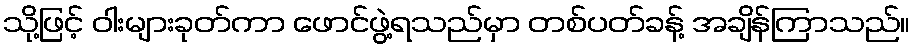
သို့ဖြင့် ဝါးများခုတ်ကာ ဖောင်ဖွဲ့ရသည်မှာ တစ်ပတ်ခန့် အချိန်ကြာသည်။